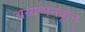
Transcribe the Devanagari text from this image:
अय्यप्पनकूत्तु